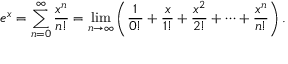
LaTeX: e ^ { x } = \sum _ { n = 0 } ^ { \infty } { \frac { x ^ { n } } { n ! } } = \operatorname* { l i m } _ { n \to \infty } \left( { \frac { 1 } { 0 ! } } + { \frac { x } { 1 ! } } + { \frac { x ^ { 2 } } { 2 ! } } + \cdots + { \frac { x ^ { n } } { n ! } } \right) .